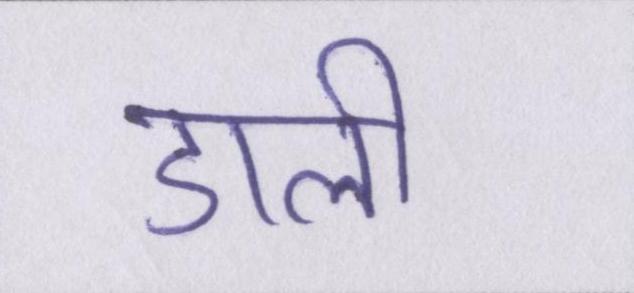
डाली